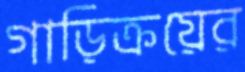
গাড়িক্রয়ের